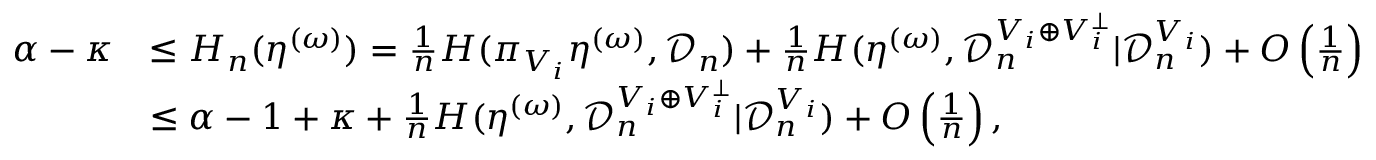
\begin{array} { r l } { \alpha - \kappa } & { \leq H _ { n } ( \eta ^ { ( \omega ) } ) = \frac { 1 } { n } H ( \pi _ { V _ { i } } \eta ^ { ( \omega ) } , { \mathcal D } _ { n } ) + \frac { 1 } { n } H ( \eta ^ { ( \omega ) } , { \mathcal D } _ { n } ^ { V _ { i } \oplus V _ { i } ^ { \perp } } | { \mathcal D } _ { n } ^ { V _ { i } } ) + O \left( \frac { 1 } { n } \right) } \\ & { \leq \alpha - 1 + \kappa + \frac { 1 } { n } H ( \eta ^ { ( \omega ) } , { \mathcal D } _ { n } ^ { V _ { i } \oplus V _ { i } ^ { \perp } } | { \mathcal D } _ { n } ^ { V _ { i } } ) + O \left( \frac { 1 } { n } \right) , } \end{array}